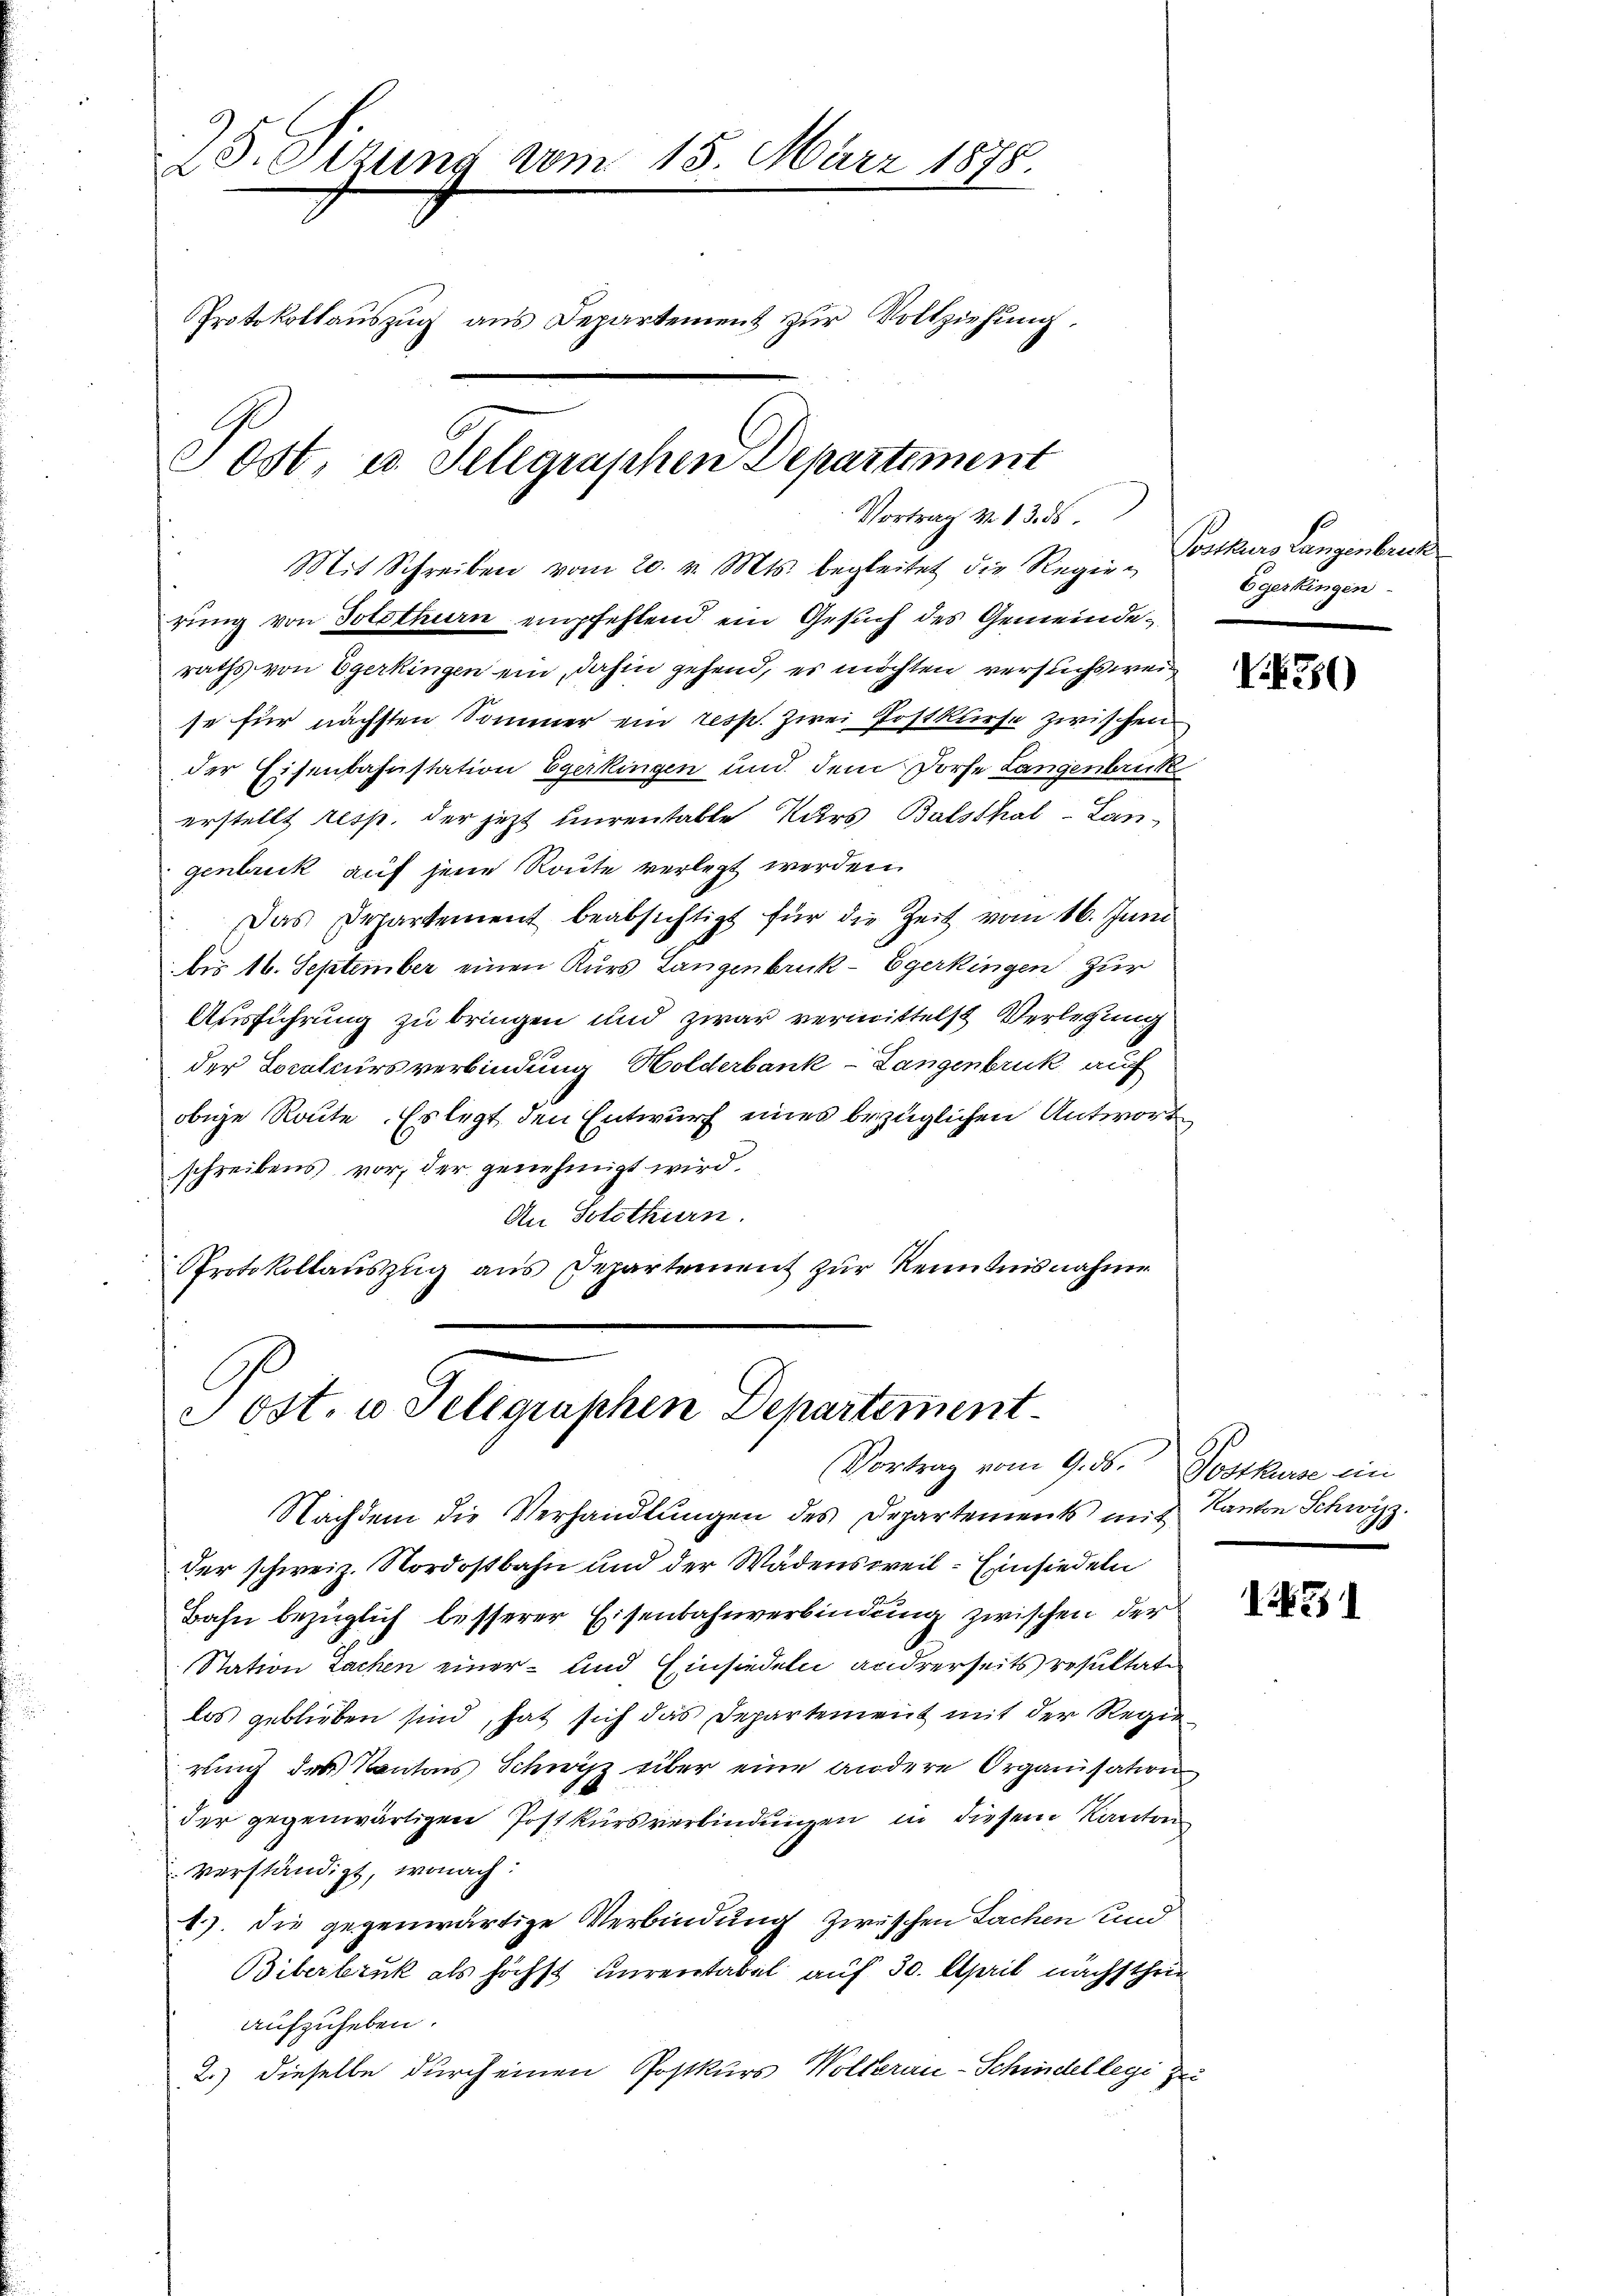
28 reizung vom 15. März 1878
Protokollauszug aus Departement zur Vollziehung.
Post, u. Telegraphen Departement
Vortrag v. 13. ds.
Mit Schreiben vom 20. v. Mts. begleitet die Reger-Postkurs Langenbruck

rung von Solothurn empfehlend ein Gesuch des Gemeinderaths von Egerkingen ein, dahin gehend, es möchten versuchswei
se für nächsten Sommer ein resp. zwei Postkurse zwischen
der Eisenbahnstation Egerkingen und dem Dorfe Langenbruck
erstellt resp. der jetzt unrentable Kurs Balsthal-Langenbruck auf jene Route verlegt werden.
Das Departement beabsichtigt für die Zeit vom 16. Juni
bis 16. September einen Kurs Langenbruck- Egerkingen zur
Ausführung zu bringen und zwar vermittelst Verlegung
der Localcursverbindung Holderbank-Langenbruck auf
obige Route. Es legt den Entwurf eines bezüglichen Antwort
schreibens vor, der genehmigt wird.
An Solothurn.
Protokollauszug aus Departement zur Kenntnisnahme

Post. u. Telegraphen Departement.
Vortrag vom 9. ds. Postkurse ein

Nachdem die Verhandlungen des Departements mit Kanton Schwyz.
der schweiz. Nordostbahn und der Wädensweil–Einsiedeln
Bahn bezüglich besserer Eisenbahnverbindung zwischen der
Station Sachen einer und Einsiedeln andrerseits resultate
los geblieben sind, hat sich das Departement mit der Regierung des Kantons Schwyz über eine andere Organisation
der gegenwärtigen Postkursverbindungen in diesem Kanton
verständigt, wonach:
1.). Die gegenwärtige Verbindung zwischen Sachen und
Biberbruck als höchst unverstabel auf 30. April nächsthein
aufzuheben.
2.) dieselbe durch einen Postkurs Wollerau-Schindellegi zu

Egerkingen

.30)

3